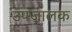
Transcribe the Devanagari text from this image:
उपजालक